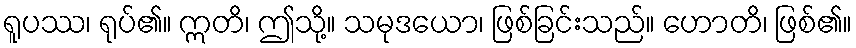
ရူပဿ၊ ရုပ်၏။ ဣတိ၊ ဤသို့။ သမုဒယော၊ ဖြစ်ခြင်းသည်။ ဟောတိ၊ ဖြစ်၏။